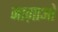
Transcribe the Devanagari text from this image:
नाग़ाओ